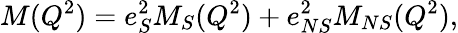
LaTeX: M(Q^{2})=e_{S}^{2}M_{S}(Q^{2})+e_{NS}^{2}M_{NS}(Q^{2}),